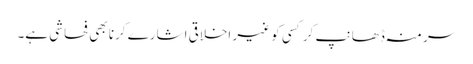
سر منہ ڈھانپ کر کسی کو غیر اخلاقی اشارے کرنا بھی فحاشی ہے۔